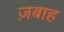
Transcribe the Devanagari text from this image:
ज़बाह